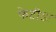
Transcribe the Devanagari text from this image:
फेटीडा